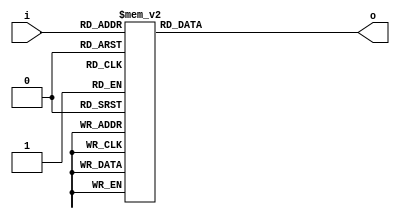
module sevenSeg (
input [3:0]i,
output reg [6:0]o
);


// HEX out - rewire DE2
//  ---a---
// |       |
// f       b
// |       |
//  ---g---
// |       |
// e       c
// |       |
//  ---d---

always @(*)
begin
	case (i)	    // abcdefg
      4'd0: 	o = 7'b0011000; //P
		4'd1: 	o = 7'b1110001; //L
		4'd2: 	o = 7'b0001000; //A
		4'd3: 	o = 7'b1000100; //y
		4'd4: 	o = 7'b1101010; //n
		4'd5: 	o = 7'b0000001; //O
		4'd6: 	o = 7'b1110000; //t
		4'd7: 	o = 7'b0110000; //E
		4'd8:		o = 7'b1111111; //nothing
		4'd9:		o = 7'b1000010; //D
		default:	o = 7'b0000001;
	endcase
end

endmodule